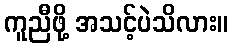
ကူညီဖို့ အသင့်ပဲသိလား။